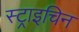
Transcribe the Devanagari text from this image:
स्ट्राइचिन